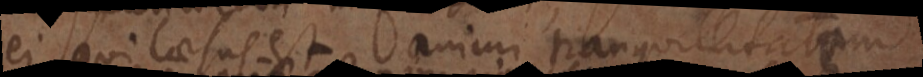
ei qui laesus est animi tranquillitatem,